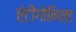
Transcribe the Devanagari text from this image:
एंटीगोनिस्ट